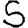
Digit: 5